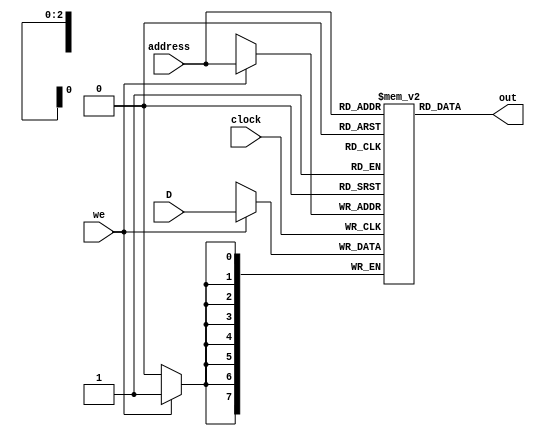
module regfile(input[7:0] D,input[2:0] address ,input we,clock,
output [7:0] out);
 


//instantiate an array of size 8 and which can hold word of length 8 bits
reg [7:0] register [7:0];

//If we wish to write into the register file
always@(posedge clock)
begin
	if(we)
	begin
		register[address] <= D; 
	end
end

//outputs at every clock cycle
assign out = register[address];
 
endmodule